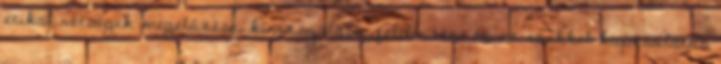
etikai vétségek megelőzése, kivizsgálása, felderítése és az ezekkel kapcsolatos